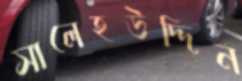
সালেহউদ্দিন